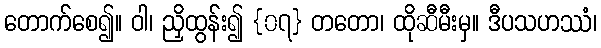
တောက်စေ၍။ ဝါ၊ ညှိထွန်း၍ {၀၇} တတော၊ ထိုဆီမီးမှ။ ဒီပသဟဿံ၊